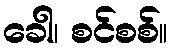
ခေါ၊ စင်စစ်။